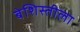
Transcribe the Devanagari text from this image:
बेशिस्तीला